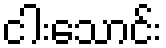
ငါးသောင်း